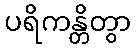
ပရိကန္တိတွာ